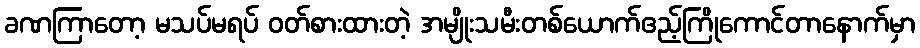
ခဏကြာတော့ မသပ်မရပ် ဝတ်စားထားတဲ့ အမျိုးသမီးတစ်ယောက်ဧည့်ကြိုကောင်တာနောက်မှာ